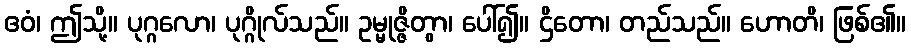
ဧဝံ၊ ဤသို့။ ပုဂ္ဂလော၊ ပုဂ္ဂိုလ်သည်။ ဥမ္မုဇ္ဇိတွာ၊ ပေါ်၍။ ဌိတော၊ တည်သည်။ ဟောတိ၊ ဖြစ်၏။